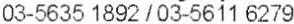
03-5635 1892 / 03-5611 6279